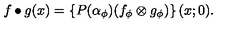
f \bullet g ( x ) = \left\{ P ( \alpha _ { \phi } ) ( f _ { \phi } \otimes g _ { \phi } ) \right\} ( x ; 0 ) .